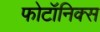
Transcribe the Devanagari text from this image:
फोटॉनिक्‍स